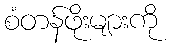
စံတန်ဖိုးများကို